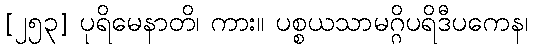
[၂၅၃] ပုရိမေနာတိ၊ ကား။ ပစ္စယသာမဂ္ဂိပရိဒီပကေန၊